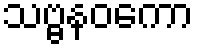
သဗ္ဗနဝကော